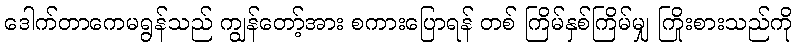
ဒေါက်တာကေမရွန်သည် ကျွန်တော့်အား စကားပြောရန် တစ် ကြိမ်နှစ်ကြိမ်မျှ ကြိုးစားသည်ကို